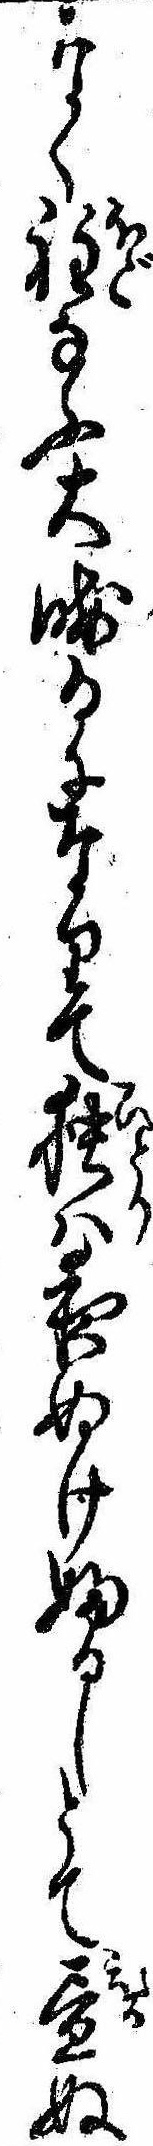
なく程なふ大晦日になりて独は夜ぬけふるしとて昼ぬ